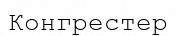
Конгрестер